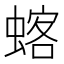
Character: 𫋍